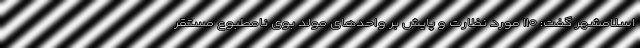
اسلامشهر گفت: ۱۱۰ مورد نظارت و پایش بر واحدهای مولد بوی نامطبوع مستقر